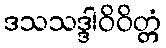
ဒသသဒ္ဒါဝိဝိတ္တံ